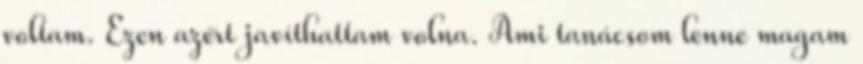
voltam. Ezen azért javíthattam volna. Ami tanácsom lenne magam